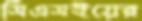
সিএসইয়ের